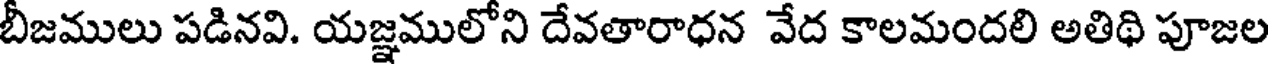
బీజములు పడినవి. యజ్ఞములోని దేవతారాధన వేద కాలమందలి అతిథి పూజల